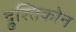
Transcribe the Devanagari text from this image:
द्रुश्तिकोन